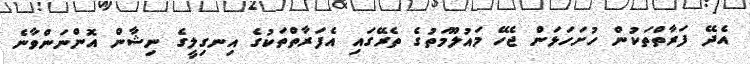
އެދޭ ފަރާތްތަކުން ހުށަހަޅަން ޖެހޭ މައުލޫމަތުގެ ތެރޭގައި އެފަރާތްތަކުގެ އިނގިލީގެ ނިޝާން އޮންނަންވާނެ